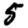
Digit: 5